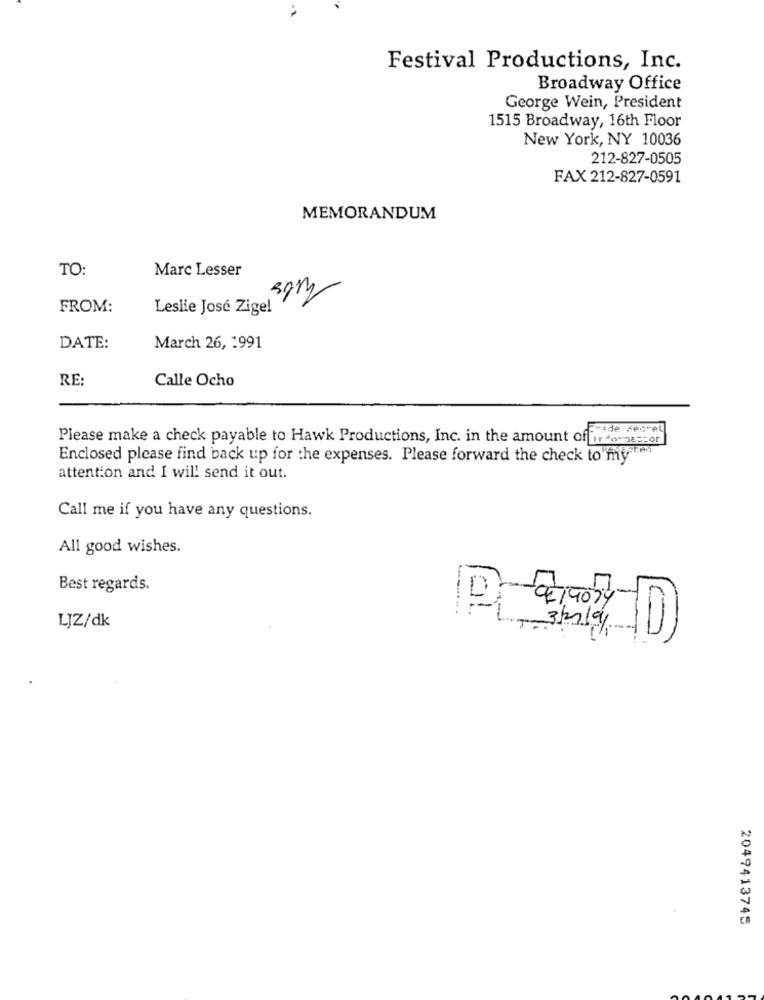
Festival Productions, Inc.
Broadway Office
George Wein, President
1515 Broadway, 16th Floor
New York, NY 10036
212-827-0505
FAX 212-827-0591
MEMORANDUM
TO
Marc Lesser
FROM:
Leslie José Zige!
DATE:
March 26, 1991
RE:
Calle Ocho
cvade Meovel
Please make a check payable to Hawk Productions, Inc. in the amount of ir o-me:or
Enclosed please find back up for the expenses. Please forward the check to my
attention and I will send it out.
Call me if you have any questions.
All good wishes.
Best regards.
D
LJZ/dk
327/9/
2049413745